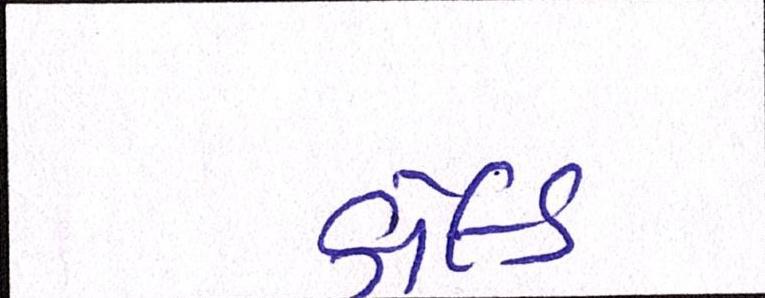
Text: કોલ્ડ